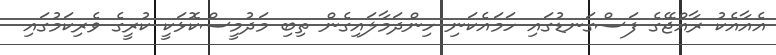
އެއާއެކު ރާއްޖޭގެ ފަސްގަނޑުގައި ހަމައެކަނި ހިންދަމާލައިގެން ތިބި މަދުމީސްކޮޅަކީ ކުރީގެ ވެރިކަމުގައި